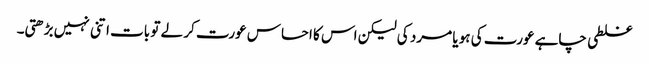
غلطی چاہے عورت کی ہو یا مرد کی لیکن اس کا احساس عورت کر لے تو بات اتنی نہیں بڑھتی۔